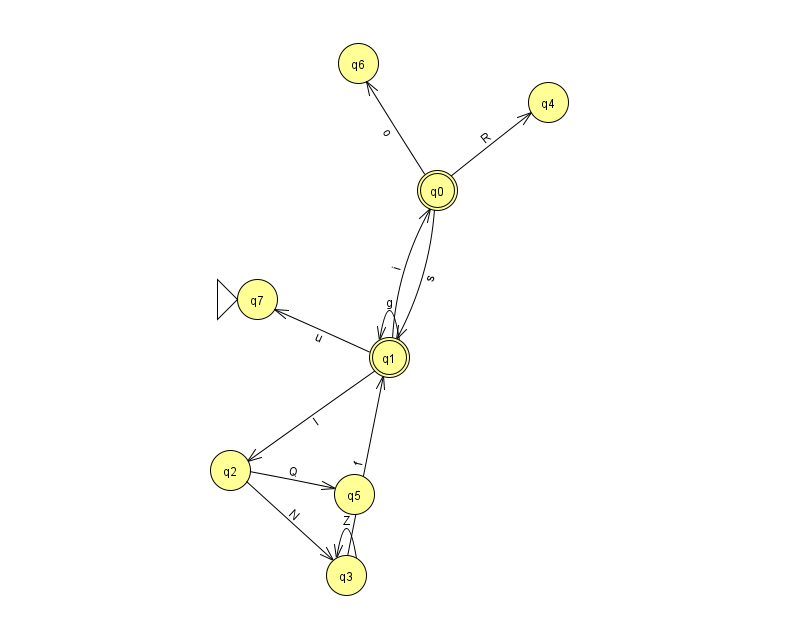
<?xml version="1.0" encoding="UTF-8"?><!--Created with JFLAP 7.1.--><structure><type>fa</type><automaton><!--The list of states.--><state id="0" name="q0"><x>437.0</x><y>177.0</y><final/></state><state id="1" name="q1"><x>389.0</x><y>344.0</y><final/></state><state id="2" name="q2"><x>230.0</x><y>457.0</y></state><state id="3" name="q3"><x>346.0</x><y>562.0</y></state><state id="4" name="q4"><x>548.0</x><y>89.0</y></state><state id="5" name="q5"><x>354.0</x><y>481.0</y></state><state id="6" name="q6"><x>358.0</x><y>50.0</y></state><state id="7" name="q7"><x>257.0</x><y>286.0</y><initial/></state><!--The list of transitions.--><transition><from>0</from><to>6</to><read>o</read></transition><transition><from>0</from><to>4</to><read>R</read></transition><transition><from>1</from><to>0</to><read>i</read></transition><transition><from>1</from><to>2</to><read>l</read></transition><transition><from>1</from><to>7</to><read>u</read></transition><transition><from>2</from><to>5</to><read>Q</read></transition><transition><from>1</from><to>1</to><read>g</read></transition><transition><from>0</from><to>1</to><read>s</read></transition><transition><from>3</from><to>1</to><read>f</read></transition><transition><from>3</from><to>3</to><read>Z</read></transition><transition><from>2</from><to>3</to><read>N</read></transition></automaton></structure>